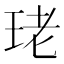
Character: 珯